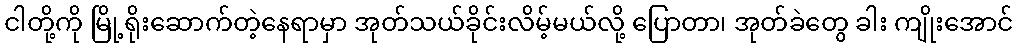
ငါတို့ကို မြို့ရိုးဆောက်တဲ့နေရာမှာ အုတ်သယ်ခိုင်းလိမ့်မယ်လို့ ပြောတာ၊ အုတ်ခဲတွေ ခါး ကျိုးအောင်